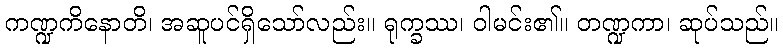
ကဏ္ဍကိနောတိ၊ အဆူပင်ရှိသော်လည်း။ ရုက္ခဿ၊ ဝါမင်း၏။ တဏ္ဍကာ၊ ဆုပ်သည်။